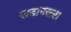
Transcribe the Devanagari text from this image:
खडानखडा